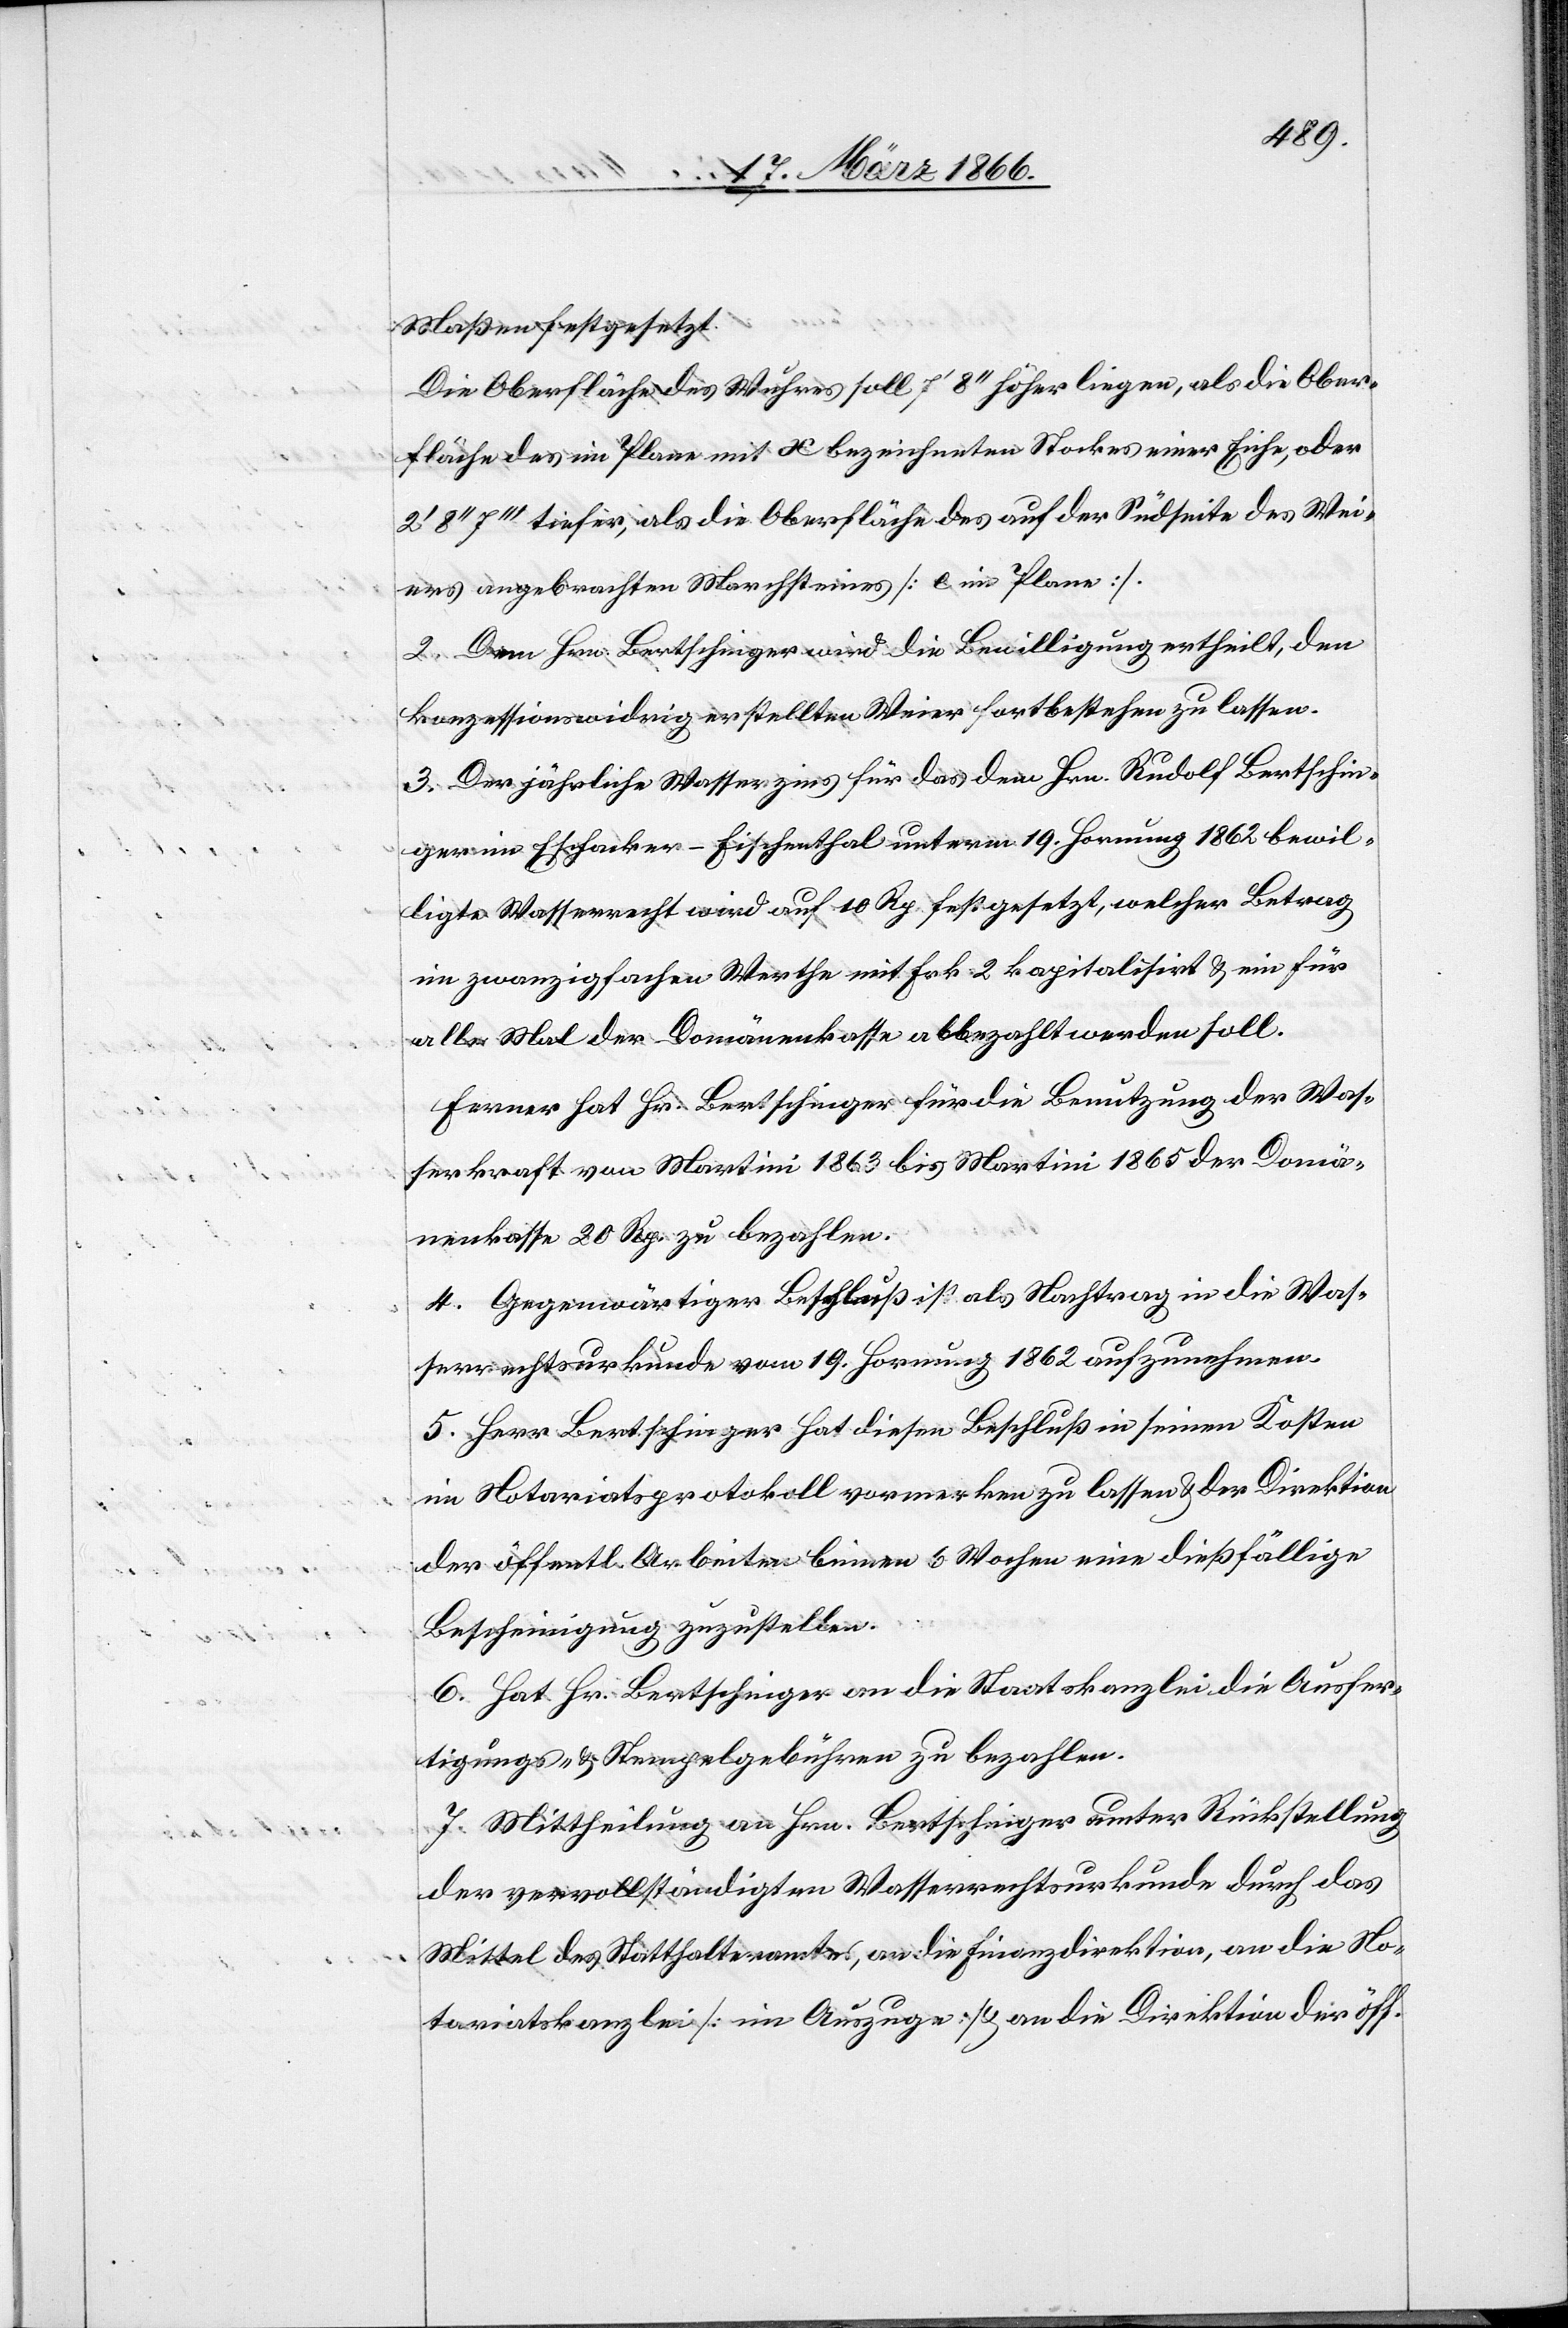
Maßen festgesetzt:
Die Oberfläche des Wuhres soll [?7]‘ 8‘‘ höher liegen, als die Ober¬
fläche des im Plane mit X bezeichneten Stockes einer Eiche, oder
2‘ 8‘‘ 7‘‘‘ tiefer, als die Oberfläche des auf der Südseite des Wei¬
ers angebrachten Marchsteines [e im Plane].
2. Dem Hrn. Bertschinger wird die Bewilligung ertheilt, den
konzessionswidrig erstellten Weier fortbestehen zu lassen.
3. Der jährliche Wasserzins für das dem Hrn. Rudolf Bertschin¬
ger im Eschacker–Fischenthal unterm 19. Hornung 1862 bewil¬
ligte Wasserrecht wird auf 10 Rp. festgesetzt, welcher Betrag
im zwanzigfachen Werthe mit Frk. 2 kapitalisirt u. ein für
alle Mal der Domänenkasse abbezahlt werden soll.
Ferner hat Hr. Bertschinger für die Benutzung der Was¬
serkraft von Martini 1863 bis Martini 1865 der Domä¬
nenkasse 20 Rp. zu bezahlen.
4. Gegenwärtiger Beschluß ist als Nachtrag in die Was¬
serrechtsurkunde vom 19. Hornung 1862 aufzunehmen.
5. Herr Bertschinger hat diesen Beschluß in seinen Kosten
im Notariatsprotokoll vormerken zu lassen u. der Direktion
der öffentl. Arbeiten binnen 6 Wochen eine dießfällige
Bescheinigung zuzustellen.
6. Hat Hr. Bertschinger an die Staatskanzlei die Ausfer¬
tigungs- u. Stempelgebühren zu bezahlen.
7. Mittheilung an Hrn. Bertschinger unter Rückstellung
der vervollständigten Wasserrechtsurkunde durch das
Mittel des Statthalteramtes, an die Finanzdirektion, an die No¬
tariatskanzlei [im Auszuge] u. an die Direktion der öff.